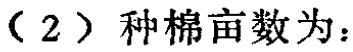
（2）种棉亩数为：